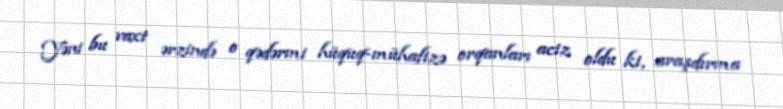
Yəni bu vaxt ərzində o qədərmi hüquq-mühafizə orqanları aciz oldu ki, araşdırma